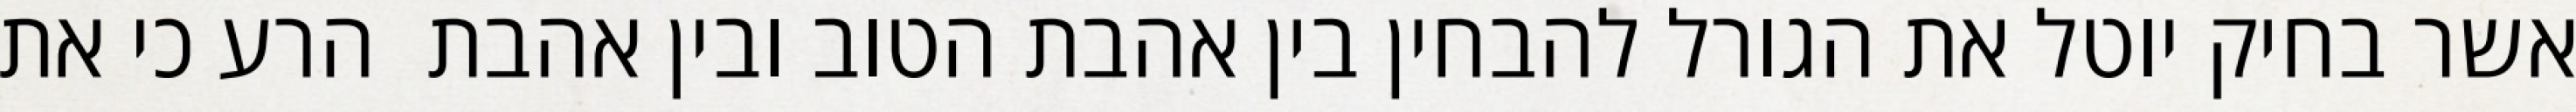
אשר בחיק יוטל את הגורל להבחין בין אהבת הטוב ובין אהבת  הרע כי את